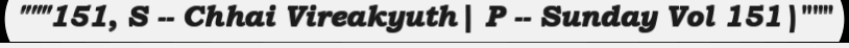
"""151, S -- Chhai Vireakyuth| P -- Sunday Vol 151|"""